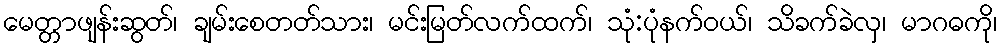
မေတ္တာဖျန်းဆွတ်၊ ချမ်းစေတတ်သား၊ မင်းမြတ်လက်ထက်၊ သုံ:ပုံနက်ဝယ်၊ သိခက်ခဲလှ၊ မာဂဓကို၊